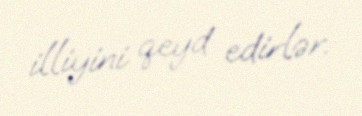
illiyini qeyd edirlər.